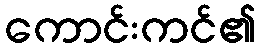
ကောင်းကင်၏